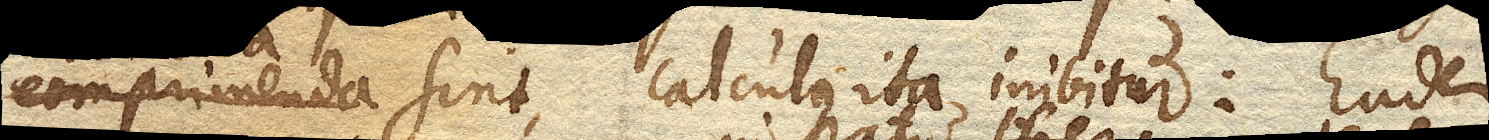
tendenda sint, calculus ita inibitur: Eadem